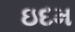
ઇદમ